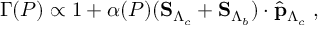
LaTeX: \Gamma ( P ) \propto 1 + \alpha ( P ) ( { \bf S } _ { \Lambda _ { c } } + { \bf S } _ { \Lambda _ { b } } ) \cdot \hat { \bf p } _ { \Lambda _ { c } } ~ ,